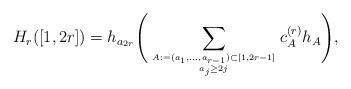
LaTeX: \begin{gather*}H_{r}([1,2r])= h_{a_{2r}} \Bigg( \sum_{A:=(a_1,\ldots,a_{r-1}) \subset [1,2r-1] \atop a_j \ge 2 j} c_{A}^{(r)} h_{A} \Bigg),\end{gather*}